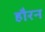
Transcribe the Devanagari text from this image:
हौरन